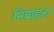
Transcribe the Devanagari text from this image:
निवाहता